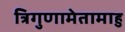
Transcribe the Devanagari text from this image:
त्रिगुणामेतामाहु